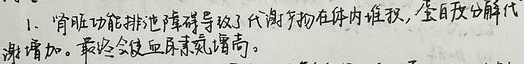
肾功能排泄障碍导致了代谢产物在体内堆积，蛋白质分解代谢增加。最终会使血尿素氮增高。